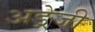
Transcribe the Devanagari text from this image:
अङ्रेजी